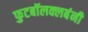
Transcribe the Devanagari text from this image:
फुटबॉलक्लबंनी